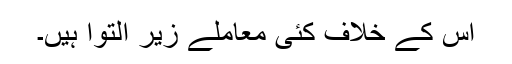
اس کے خلاف کئی معاملے زیر التوا ہیں۔